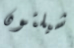
شيلتون